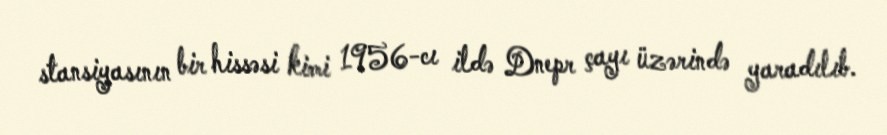
stansiyasının bir hissəsi kimi 1956-cı ildə Dnepr çayı üzərində yaradılıb.